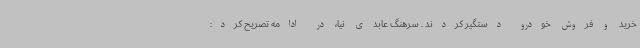
خرید و فروش خودرو دستگیر کردند . سرهنگ عابدی نیا، در ادامه تصریح کرد: